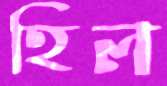
হিল